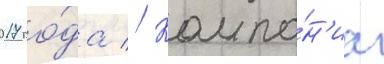
2017 го́да // Компа́н'иа